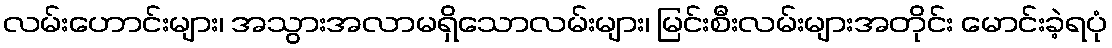
လမ်းဟောင်းများ၊ အသွားအလာမရှိသောလမ်းများ၊ မြင်းစီးလမ်းများအတိုင်း မောင်းခဲ့ရပုံ